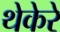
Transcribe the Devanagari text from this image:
थेकेरे